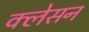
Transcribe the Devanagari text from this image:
क्‍लेसन